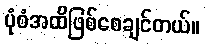
ပုံစံအထိဖြစ်စေချင်တယ်။